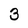
Character: 3